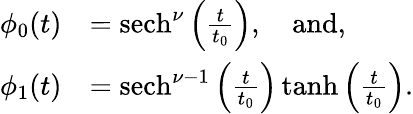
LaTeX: \begin{array}{rl}{\phi_{0}(t)}&{={\mathrm{sech}}^{\nu}\left(\frac{t}{t_{0}}\right),\quad\mathrm{and},}\\ {\phi_{1}(t)}&{={\mathrm{sech}}^{\nu-1}\left(\frac{t}{t_{0}}\right)\, {\mathrm{tanh}}\left(\frac{t}{t_{0}}\right).}\end{array}